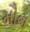
મૌન